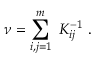
\nu = \sum _ { i , j = 1 } ^ { m } \ K _ { i j } ^ { - 1 } \ .